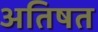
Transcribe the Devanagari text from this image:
अतिषत